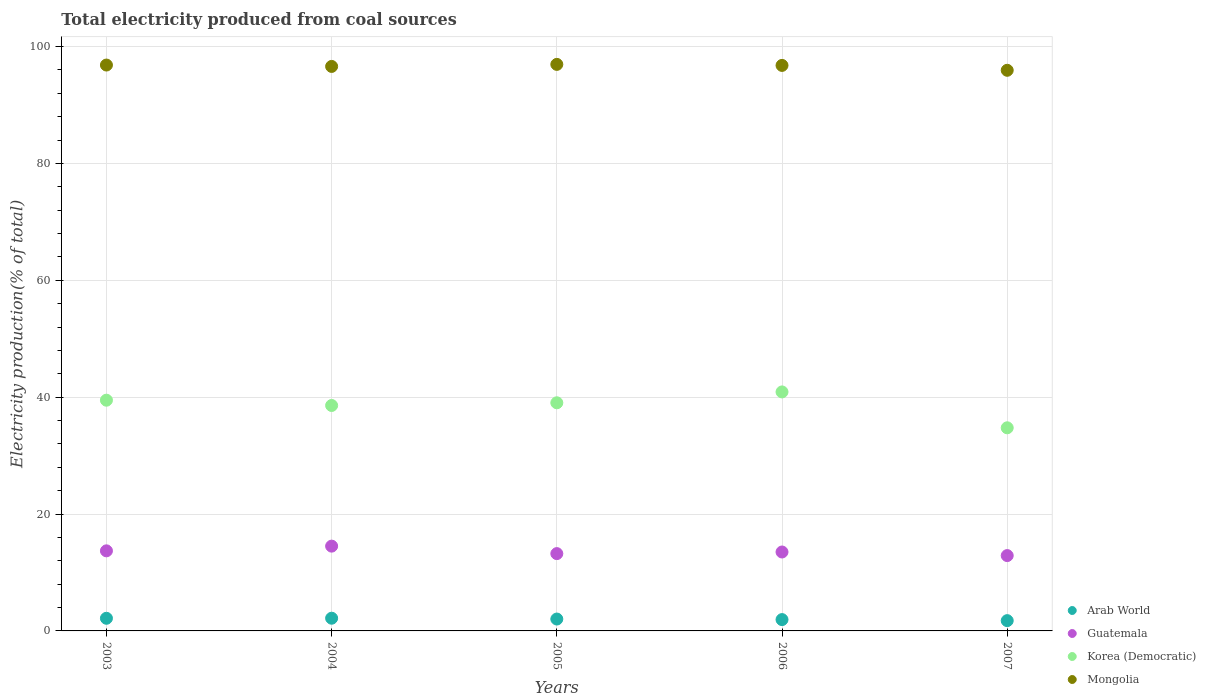
| Years | Arab World | Guatemala | Korea (Democratic) | Mongolia |
 | --- | --- | --- | --- | --- |
 | 2003 | 2.16 | 13.7 | 39.5 | 96.8 |
 | 2004 | 2.17 | 14.5 | 38.6 | 96.6 |
 | 2005 | 2.03 | 13.2 | 39 | 97 |
 | 2006 | 1.94 | 13.5 | 40.9 | 96.8 |
 | 2007 | 1.76 | 12.9 | 34.8 | 95.9 |